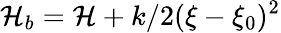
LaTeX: \mathcal{H}_{b}=\mathcal{H}+k/2(\xi-\xi_{0})^{2}